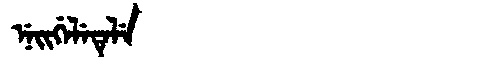
Manchu: ᠨᡝᡳᡤᡝᠯᡝᡨᡝᠯᡝ
Romanization: NEIGELETELE